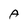
Character: A